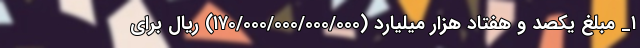
۱_ مبلغ یکصد و هفتاد هزار میلیارد (۱۷۰/۰۰۰/۰۰۰/۰۰۰/۰۰۰) ریال برای